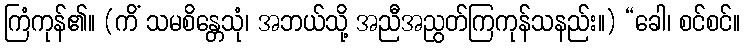
ကြံကုန်၏။ (ကိံ သမစိန္တေသုံ၊ အဘယ်သို့ အညီအညွတ်ကြကုန်သနည်း။) “ခေါ၊ စင်စင်။